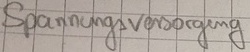
Text: Spannungsversorgung